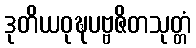
ဒုတိယဝုဍ္ဎပဗ္ဗဇိတသုတ္တံ